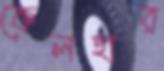
কেলহার